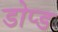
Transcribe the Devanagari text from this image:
डोप्ड